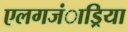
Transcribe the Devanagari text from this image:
एलगजंाड्रिया